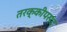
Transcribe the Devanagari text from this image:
तरक्कीपसंद